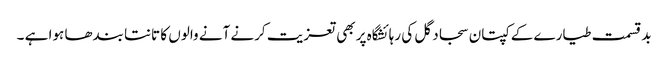
بد قسمت طیارے کے کپتان سجاد گل کی رہائشگاہ پر بھی تعزیت کرنے آنے والوں کا تانتا بندھا ہوا ہے ۔